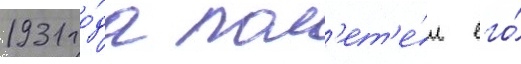
1931 го́да пол'ет'е́л его́